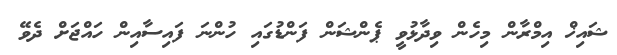
ޝައިޚް އިމްރާން މިހެން ވިދާޅުވީ ޕެންޝަން ފަންޑުގައި ހުންނަ ފައިސާއިން ހައްޖަށް ދެވޭ